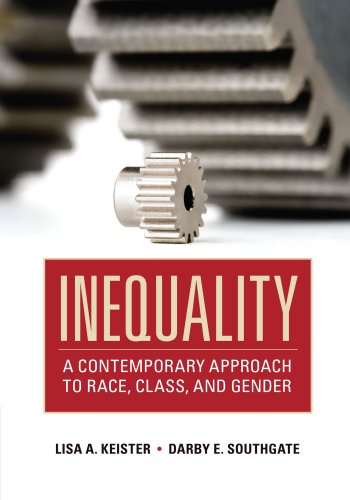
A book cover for Inequality: A Contemporary Approach to Race, Class, and Gender; Lisa A. Keister; Business & Money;